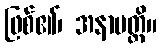
ဖြစ်၏၊ အနာပတ္တိ။